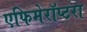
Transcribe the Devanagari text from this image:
एफिमेरॉप्टरा